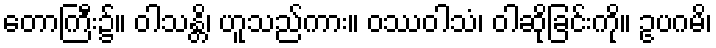
တောကြီး၌။ ဝါသန္တိ၊ ဟူသည်ကား။ ဝဿဝါသံ၊ ဝါဆိုခြင်းကို။ ဥပဂမိ၊